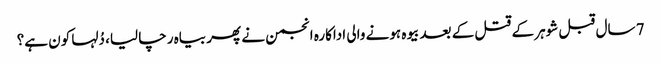
7 سال قبل شوہر کے قتل کے بعد بیوہ ہونے والی اداکارہ انجمن نے پھر بیاہ رچا لیا، دُلہا کون ہے؟